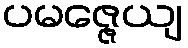
ပမဇ္ဇေယျ